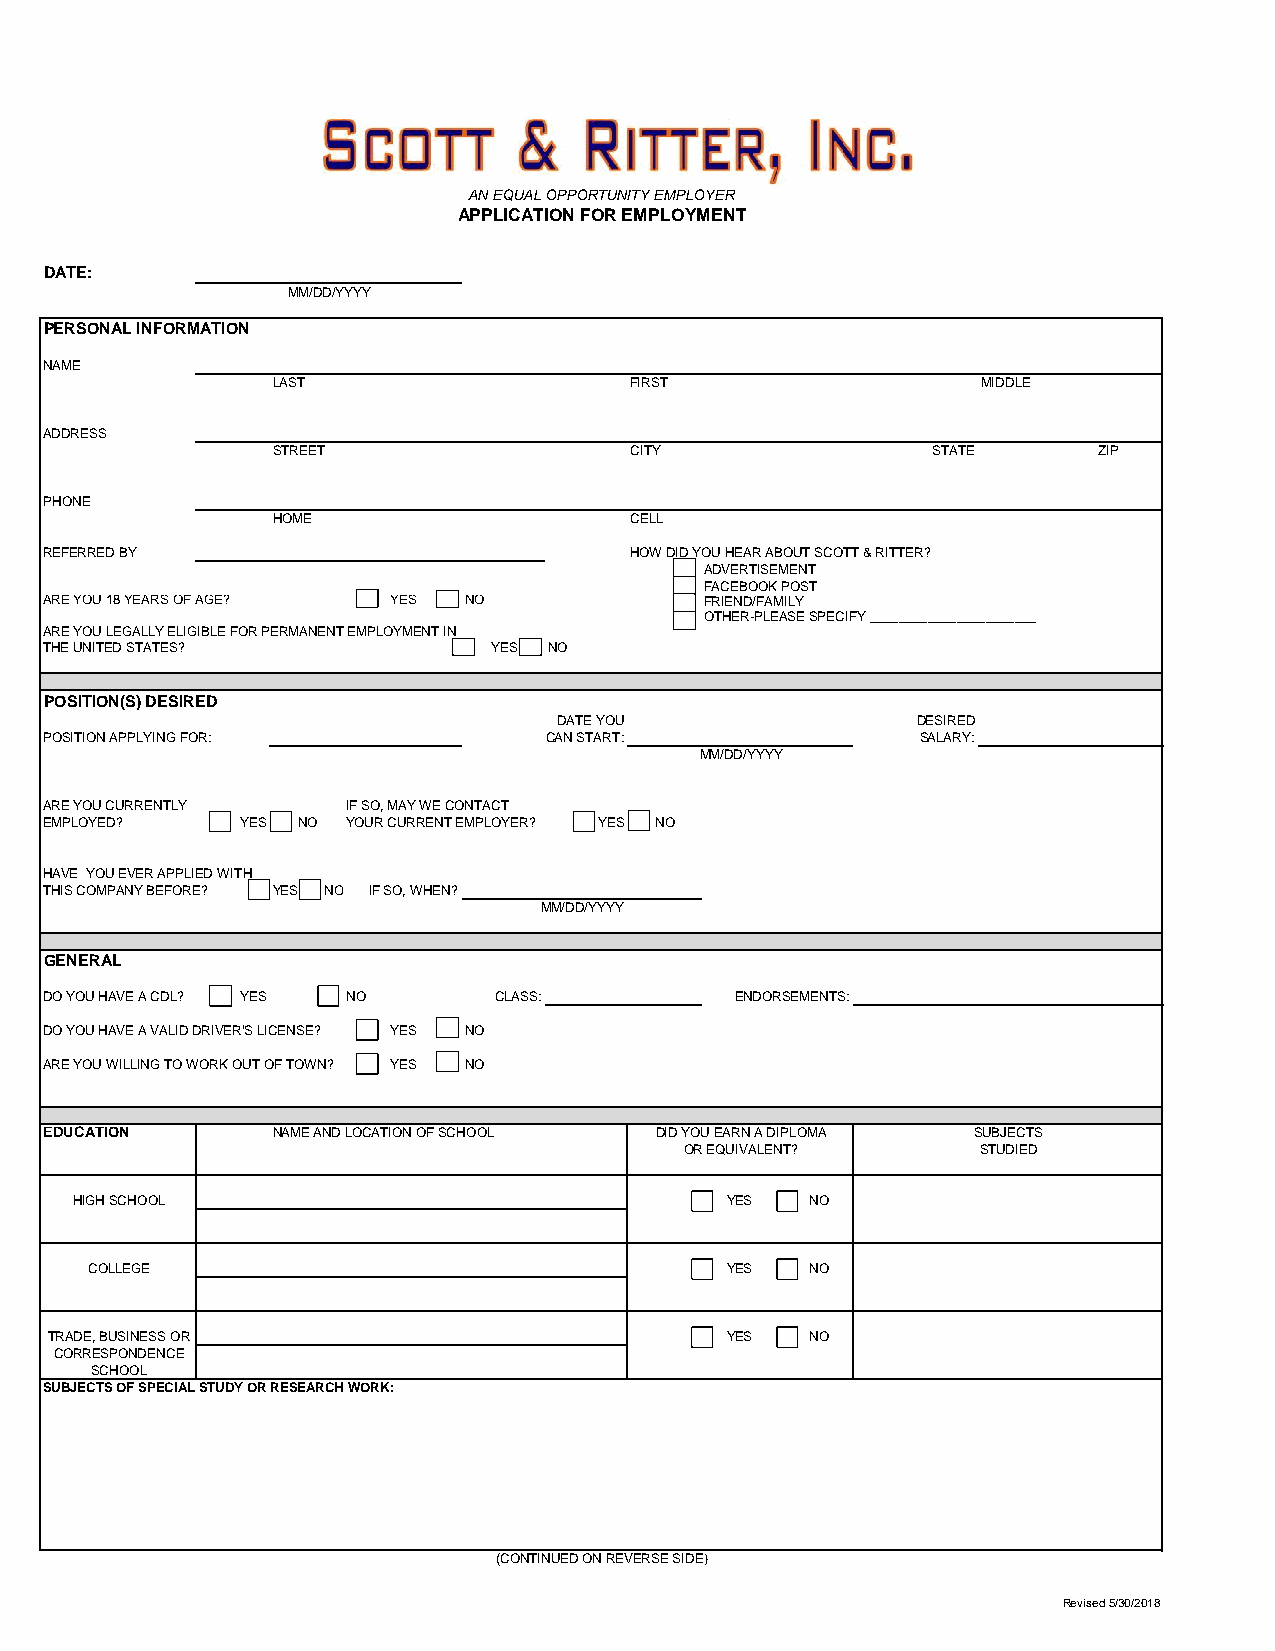
AN EQUAL OPPORTUNITY EMPLOYER
 APPLICATION FOR EMPLOYMENT
 DATE:
 MM/DD/YYYY
 PERSONAL INFORMATION
 NAME
 LAST                    FIRST                  MIDDLE
 ADDRESS
 STREET                  CITY                STATE      ZIP
 PHONE
 HOME                    CELL
 REFERRED BY                            HOW DID YOU HEAR ABOUT SCOTT & RITTER?
 ADVERTISEMENT
 FACEBOOK POST
 ARE YOU 18 YEARS OF AGE? YES NO             FRIEND/FAMILY
 OTHER-PLEASE SPECIFY _______________________
 ARE YOU LEGALLY ELIGIBLE FOR PERMANENT EMPLOYMENT IN
 THE UNITED STATES?            YES NO
 POSITION(S) DESIRED
 DATE YOU                DESIRED
 POSITION APPLYING FOR:           CAN START:               SALARY:
 MM/DD/YYYY
 ARE YOU CURRENTLY   IF SO, MAY WE CONTACT
 EMPLOYED?    YES NO YOUR CURRENT EMPLOYER? YES NO
 HAVE YOU EVER APPLIED WITH
 THIS COMPANY BEFORE? YES NO IF SO, WHEN?
 MM/DD/YYYY
 GENERAL
 DO YOU HAVE A CDL? YES NO     CLASS:          ENDORSEMENTS:
 DO YOU HAVE A VALID DRIVER'S LICENSE? YES NO
 ARE YOU WILLING TO WORK OUT OF TOWN? YES NO
 EDUCATION      NAME AND LOCATION OF SCHOOL DID YOU EARN A DIPLOMA SUBJECTS
 OR EQUIVALENT?      STUDIED
 HIGH SCHOOL                                YES   NO
 COLLEGE                                   YES   NO
 TRADE, BUSINESS OR                           YES   NO
 CORRESPONDENCE
 SCHOOL
 SUBJECTS OF SPECIAL STUDY OR RESEARCH WORK:
 (CONTINUED ON REVERSE SIDE)
 Revised 5/30/2018